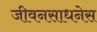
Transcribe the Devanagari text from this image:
जीवनसाधनेस